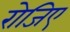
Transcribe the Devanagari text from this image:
रोजिए